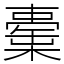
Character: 㯱